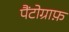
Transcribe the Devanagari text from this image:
पैंटोग्राफ़